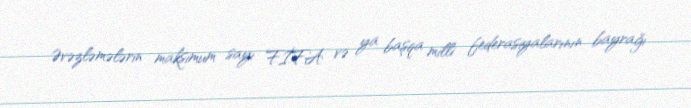
Əvəzləmələrin maksimum sayı FİFA və ya başqa milli federasiyalarının bayrağı